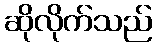
ဆိုလိုက်သည်